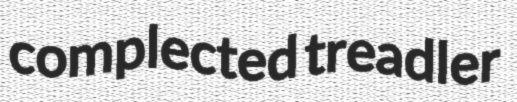
complected treadler